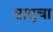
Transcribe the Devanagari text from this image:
सासुचा